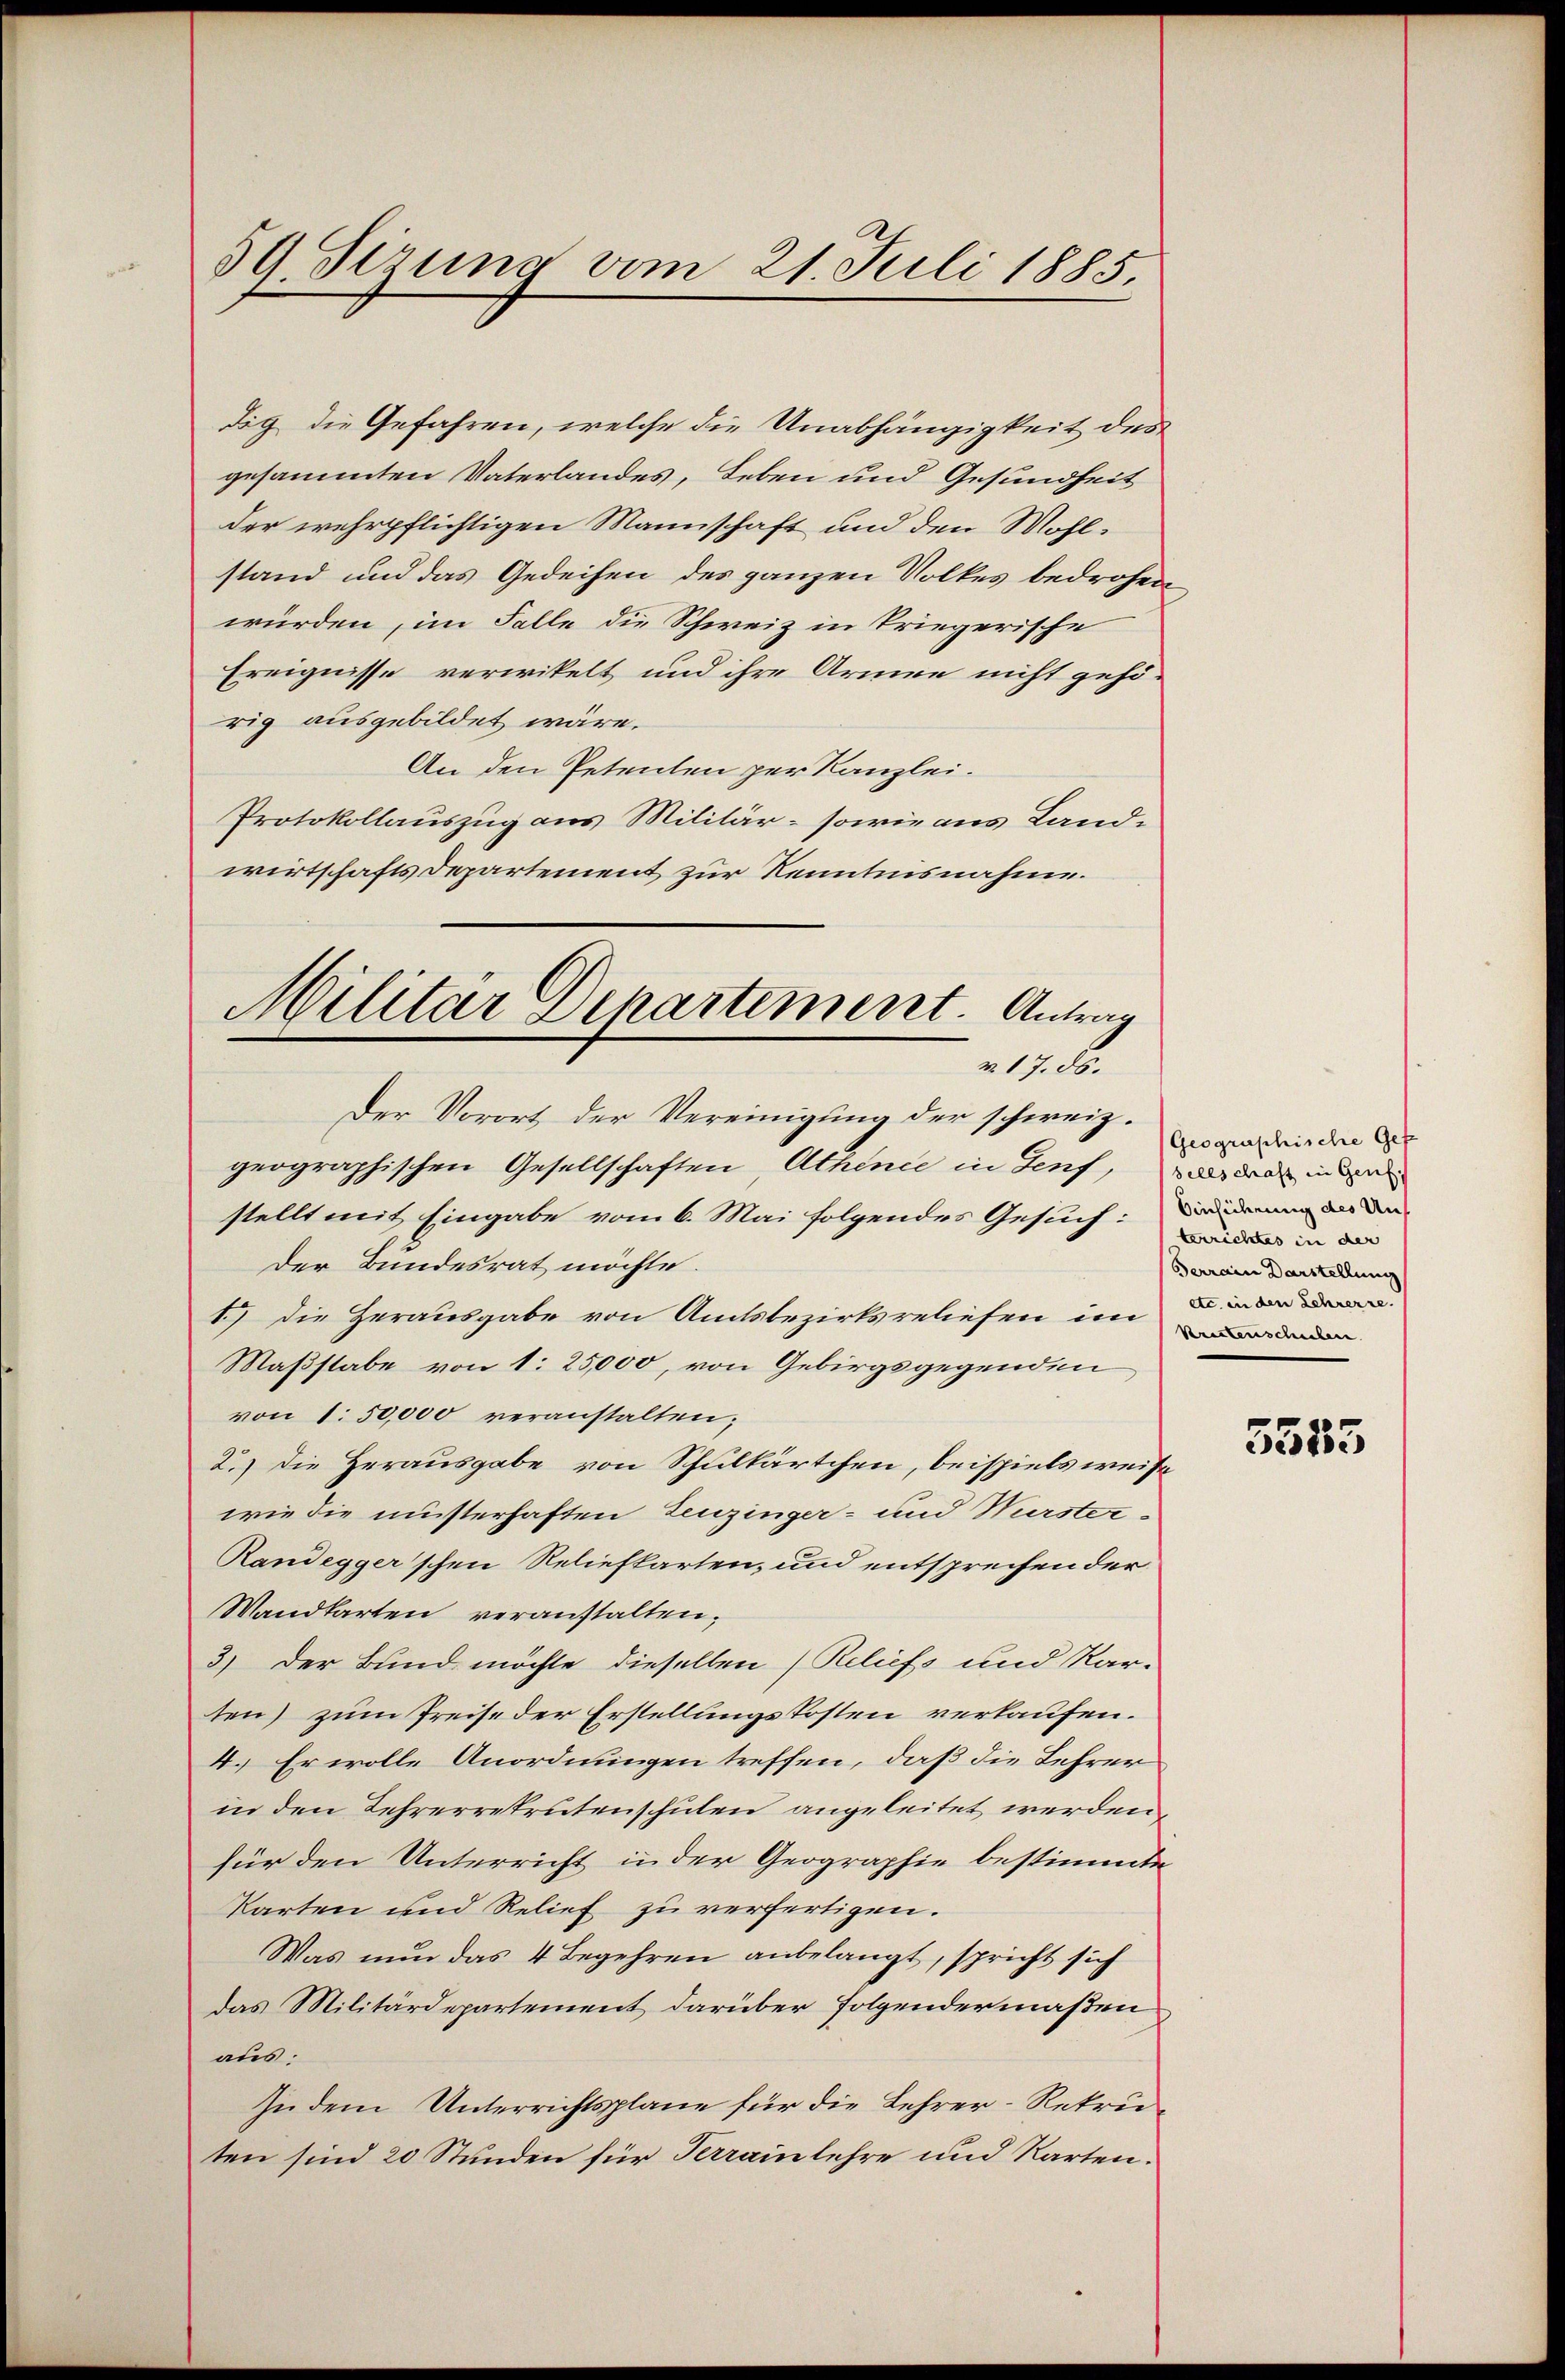
59. Sirung vom 21. Juli 1885.

dig die Gefahren, welche die Unabhängigkeit des
gesammten Vaterlandes, Leben und Gesundheit
der wehrpflichtigen Mannschaft und den Wohlstand und das Gedeihen des ganzen Volkes bedrohen
würden, im Falle die Schweiz in kriegerische
Ereignisse verwitelt und ihre Armen nicht gehörig ausgebildet wäre.
An den Petenten per Kanzlei.
Protokollauszug aus Militär- sowie aus Landwirtschafts Departement zur Kenntnisnahme.
Der Vorort der Vereinigung der schweiz.
geographischen Gesellschaften Athenie in Senf,
stellt mit Eingabe vom 6. Mai folgendes Gesuch:
Der Bundesrat möchte.
1.) Die Herausgabe von Amtsbezirksreliefen im
Maßstabe von 1: 25,000, von Gebirgsgegenden
von 1. 50,000 veranstalten;
2.) Die Herausgabe von Schulkärtchen, beispiels weise
wie die müsterhaften Leuzinger- und Muster-
Randegger’schen Reliefkarten, und entsprechen der
Wandkarten veranstalten;
3.) Der Bund möchte dieselben (Reliefs und Kar-
ten) zum Preise der Erstellungskosten verkaufen.
4. Er wolle Anordnungen treffen, daß die Lehrer
in den Lehrerretrutenschulen angeleitet werden,
für den Unterricht in der Geographie bestimmte
Karten und Relief zu verfertigen.
Was nun das 4 Begehren anbelangt, spricht sich
das Militärdepartement darüber folgendermaßen
aus:
In dem Unterrichtsplane für die Lehrer-Rekruten sind 20 Stunden für Perrainlehre und Karten.

Militar Departement. Antrag
m 17. ds.

Geographische Gef
sellschaft in Genf.
Ainsicherung des Unterrichtes in der
Ferrain Darstellung
etc. in den Lehrerre.
Kristenschulen

5585